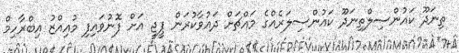
ތިނަދޫ ކައުންސިލްތިނަދޫ ކައުންސިލަރެއްގެ މައްޗަށް ދައުވާކުރަން ޕީޖީ އަށް ފޮނުވައިފި މުއިއްޒު އިބްރާހިމް